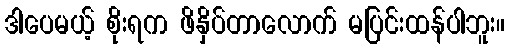
ဒါပေမယ့် စိုးရက ဖိနှိပ်တာလောက် မပြင်းထန်ပါဘူး။